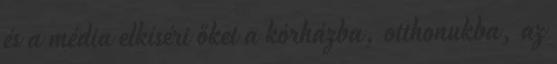
és a média elkíséri őket a kórházba, otthonukba, az